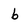
Character: b